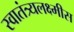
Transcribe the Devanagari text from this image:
स्वातंत्र्यलक्ष्मीस